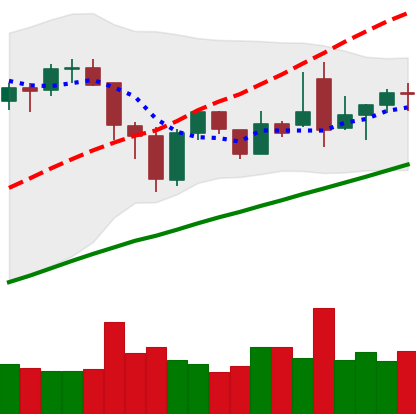
Ticker: BNB-USD
Chart end date: 2021-11-30
Forward return: -10.421%
Label: down_7plus